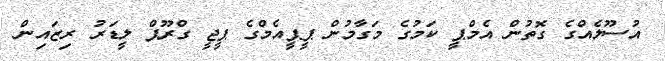
އުސޫލެއްގެ ގޮތުން އެމްޕީ ކަމުގެ މަގާމުން ޕީޕީއެމްގެ ޕީޖީ ގްރޫޕް ލީޑަރު ރިޒައިން